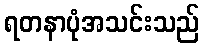
ရတနာပုံအသင်းသည်